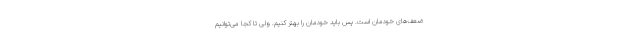
ضعف‌های خودمان است. پس باید خودمان را بهتر کنیم. ولی تا کجا می‌توانیم